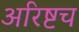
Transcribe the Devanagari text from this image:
अरिष्टच